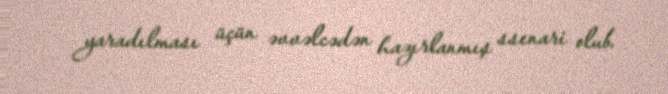
yaradılması üçün əvvəlcədən hazırlanmış ssenari olub.